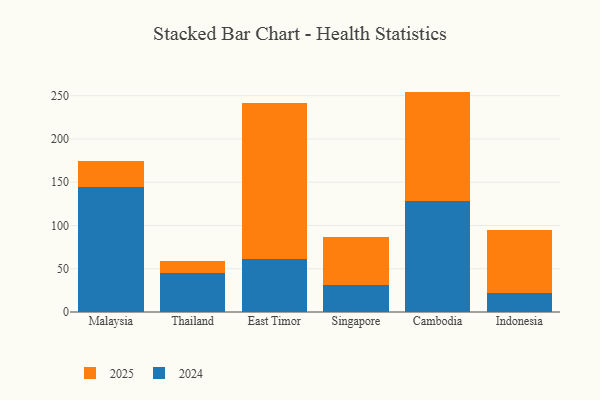
{"axis": {"x": "Country", "y": "Temperature (°C)"}, "legend": ["2024", "2025"], "data": [{"x": "Malaysia", "y": 144.9, "type": "2024"}, {"x": "Malaysia", "y": 29.4, "type": "2025"}, {"x": "Thailand", "y": 44.5, "type": "2024"}, {"x": "Thailand", "y": 13.9, "type": "2025"}, {"x": "East Timor", "y": 61.3, "type": "2024"}, {"x": "East Timor", "y": 179.9, "type": "2025"}, {"x": "Singapore", "y": 31.4, "type": "2024"}, {"x": "Singapore", "y": 54.8, "type": "2025"}, {"x": "Cambodia", "y": 127.9, "type": "2024"}, {"x": "Cambodia", "y": 126.8, "type": "2025"}, {"x": "Indonesia", "y": 21.4, "type": "2024"}, {"x": "Indonesia", "y": 73.1, "type": "2025"}]}